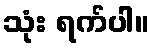
သုံး ရက်ပါ။